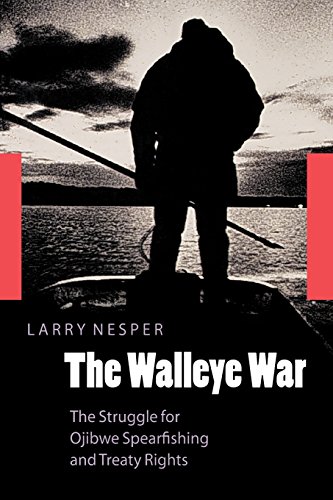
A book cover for The Walleye War: The Struggle for Ojibwe Spearfishing and Treaty Rights; Larry Nesper; Law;